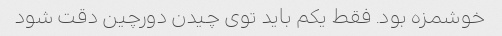
خوشمزه بود. فقط یکم باید توی چیدن دورچین دقت شود